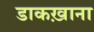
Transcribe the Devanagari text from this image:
डाकख़ाना